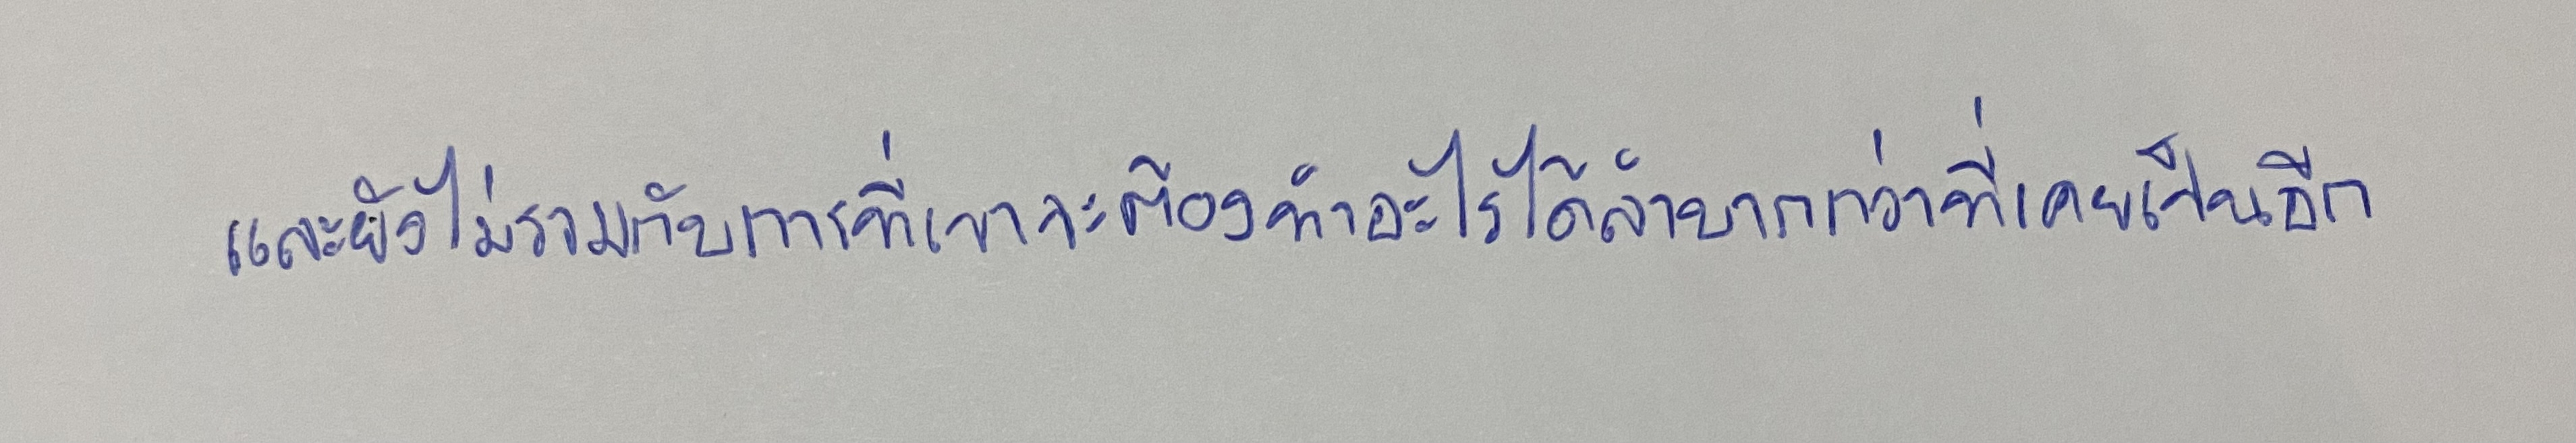
และยังไม่รวมกับการที่เขาจะต้องทำอะไรได้ลำบากกว่าที่เคยเป็นอีก